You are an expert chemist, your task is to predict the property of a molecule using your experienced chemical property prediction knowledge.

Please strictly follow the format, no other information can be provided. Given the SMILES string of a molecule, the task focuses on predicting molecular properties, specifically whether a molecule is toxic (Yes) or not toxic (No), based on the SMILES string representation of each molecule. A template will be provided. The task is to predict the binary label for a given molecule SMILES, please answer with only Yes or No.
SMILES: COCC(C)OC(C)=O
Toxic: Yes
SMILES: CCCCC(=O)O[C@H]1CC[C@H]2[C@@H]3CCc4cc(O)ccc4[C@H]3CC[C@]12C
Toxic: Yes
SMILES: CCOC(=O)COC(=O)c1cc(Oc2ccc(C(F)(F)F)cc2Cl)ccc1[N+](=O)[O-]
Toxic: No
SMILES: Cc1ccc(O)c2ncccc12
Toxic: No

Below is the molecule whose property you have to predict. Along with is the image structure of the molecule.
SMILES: CCS(=O)(=O)CCSP(=O)(OC)OC
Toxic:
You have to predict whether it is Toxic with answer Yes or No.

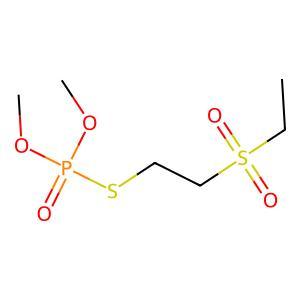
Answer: No